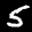
Label: 5